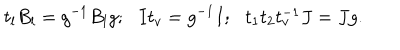
LaTeX: t _ { l } B _ { l } = g ^ { - 1 } B _ { l } g ; \, \, \, \, I t _ { v } = g ^ { - 1 } I ; \, \, \, \, t _ { 1 } t _ { 2 } t _ { v } ^ { - 1 } J = J g .